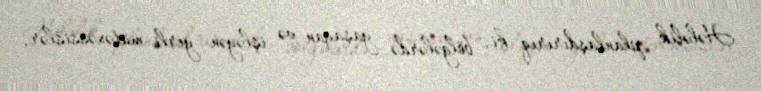
Hələlik planlaşdırırıq ki, bölgələrdə yaşayan və işləyən yerli mütəxəssislər,